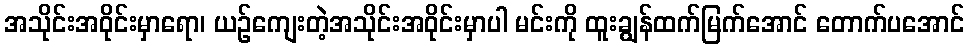
အသိုင်းအဝိုင်းမှာရော၊ ယဉ်ကျေးတဲ့အသိုင်းအဝိုင်းမှာပါ မင်းကို ထူးချွန်ထက်မြက်အောင် တောက်ပအောင်